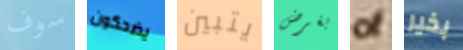
سوف يضحكون يتبين بغرض of بخير